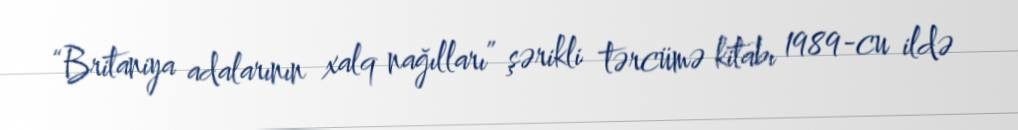
“Britaniya adalarının xalq nağılları” şərikli tərcümə kitabı 1989-cu ildə